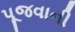
પૂજવાની